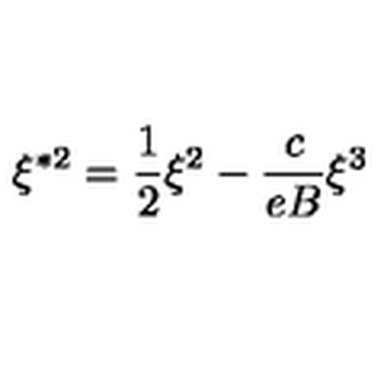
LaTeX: \xi ^ { \ast 2 } = \frac { 1 } { 2 } \xi ^ { 2 } - \frac { c } { e B } \xi ^ { 3 }